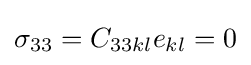
\sigma _{33}=C_{33kl}e_{kl}=0